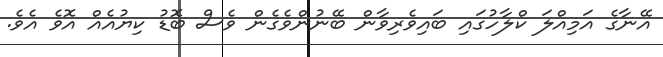
އޭނާގެ އަމިއްލަ ކްލާހުގައި ބައިވެރިވާން ބޭނުންވެގެން ވެސް ބޮޑު ކިޔުއެއް އޮވެ އެވެ.